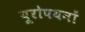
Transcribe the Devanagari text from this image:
यूरोपयनों